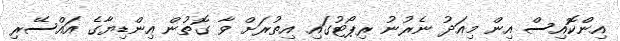
އިންކޮއިސް އިން މިއަދު ނެރުނު ރިޕޯޓުގައި އިތުރަށް ވާ ގޮތުން އިންޑިޔާގެ އައްސޭރި